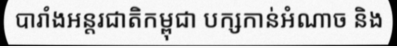
បារាំងអន្តរជាតិកម្ពុជា បក្សកាន់អំណាច និង